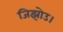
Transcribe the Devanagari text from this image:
जिझोउ।